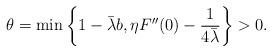
LaTeX: \begin{align*}\theta=\min\left\{ 1-\bar\lambda b, \eta F''(0)- \frac{1}{4\bar\lambda}\right\}>0.\end{align*}